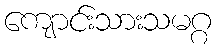
ကျောင်းသားသမဂ္ဂ